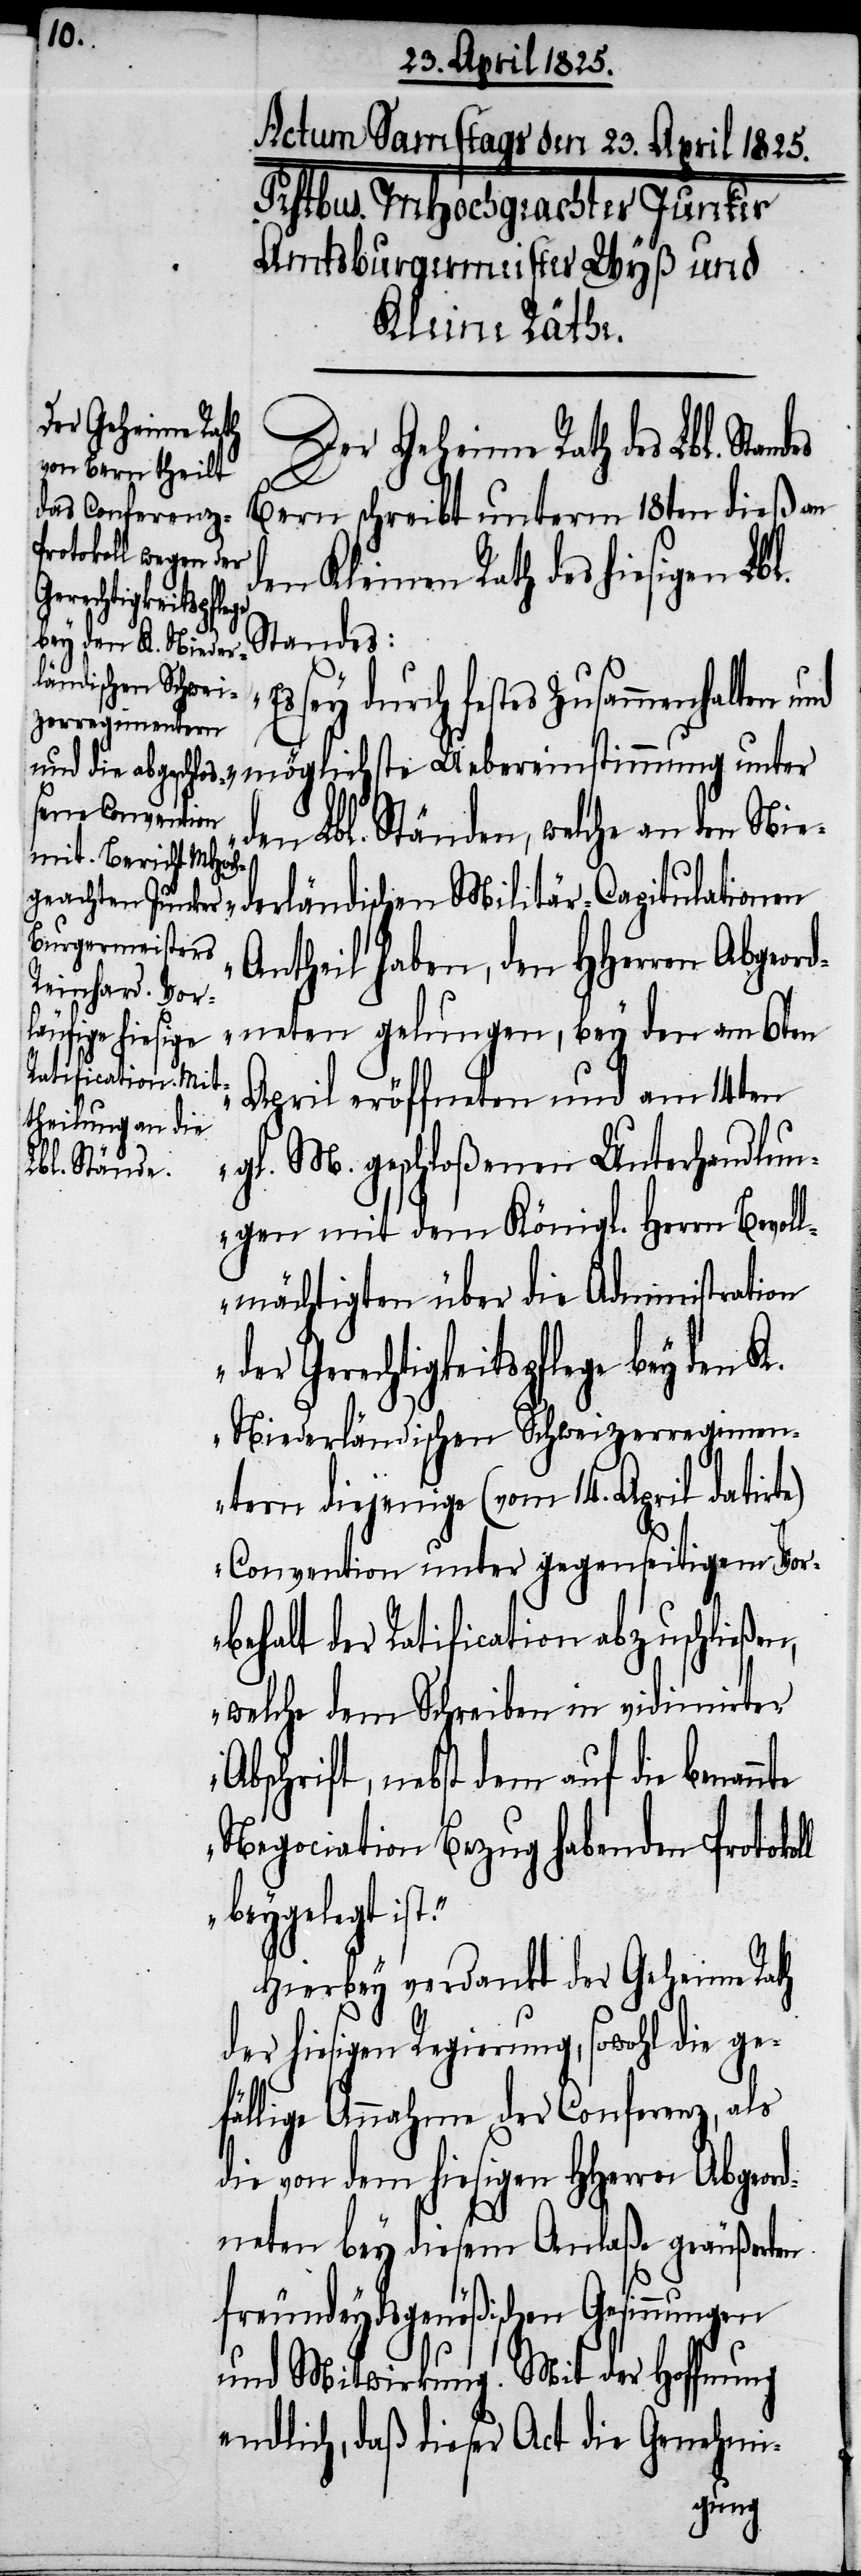
ll
Der Geheime Rath
Bern schreibt unterm 18ten dieß an
en Kleinen Rath des hiesigen Lbl.
auf die benannte
Standes:
sey durch festes Zusammenhalten
und möglichste Uebereinstimmung unter
den Lbl. Ständen, welche an den Nie¬
Antheil haben, den HHerren Abgeor¬
dneten gelungen, bey den am 6ten
April eröffneten und am 14ten
gl. M. geschloßenen Unterhandlun¬
Lbl. Standes
gen mit dem Königl. Herrn Bevoll¬
mächtigten über die Administration
Gerechtigkeitspflege bey den K.
Niederländischen Schweizerregimen¬
tern diejenige (vom 14. April datirte)
Convention unter gegenseitigem Vor¬
behalt der Ratification abzuschließen,
welche dem Schreiben in vidinirter
Negociation Bezug habenden Protoko¬
beygelegt
Hierbey verdankt der Geheime Rath
der hiesigen Regierung, sowohl die ge¬
fällige Annahme der Conferenz, als
die von dem hiesigen HHerrn Abgeo¬
rdneten bey diesem Anlaße geäußerten
freundeydsgenößischen Gesinnungen
und Mitwirkung. Mit der Hoffnung
endlich, daß dieser Act die Genehmi-